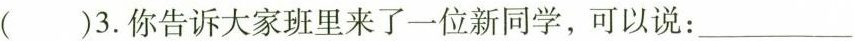
( )3.你告诉大家班里来了一位新同学,可以说: ___